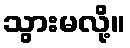
သွားမလို့။